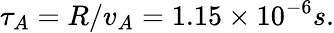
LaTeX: \tau_{A}=R/v_{A}=1.15\times 10^{-6}s.